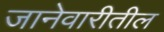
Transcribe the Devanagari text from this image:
जानेवारीतील